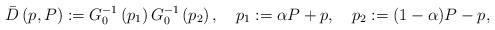
LaTeX: \begin{align*}\bar{D}\left( p,P\right) := G_{0}^{-1}\left(p_{1}\right) G_{0}^{-1}\left( p_{2}\right) , \quad p_{1} := \alpha P + p , \quad p_{2} := (1-\alpha) P - p , \end{align*}